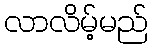
လာလိမ့်မည်